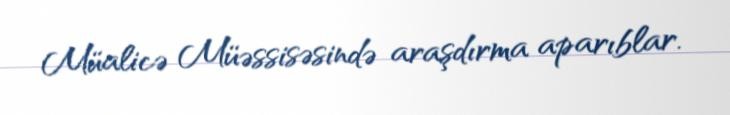
Müalicə Müəssisəsində araşdırma aparıblar.